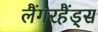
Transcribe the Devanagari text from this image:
लैंगरहैंड्स